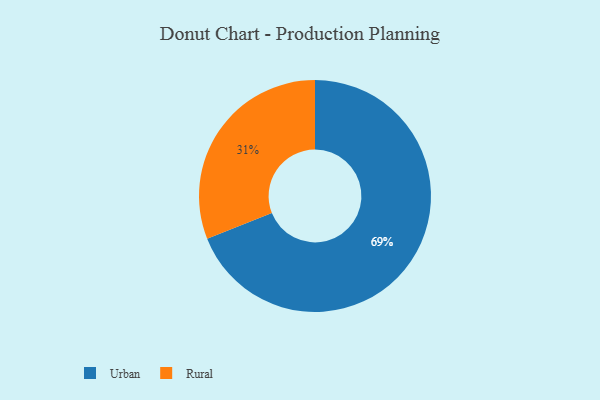
{"axis": {"x": "Category", "y": "Percentage"}, "legend": ["Rural", "Urban"], "data": [{"x": "Rural", "y": 31, "type": "Rural"}, {"x": "Urban", "y": 69, "type": "Urban"}]}